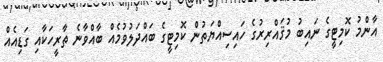
އާންމު ކޮމިޓީގެ ނައިބު މުޤައްރިރުގެ ހައިސިއްޔަތުން ކޮމިޓީގެ ބައްދަލުވުމެއް ބާއްވާނެ ތާރީހަކާއި ގަޑިއެއް